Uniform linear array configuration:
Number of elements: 48
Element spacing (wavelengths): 1
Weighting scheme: blackman
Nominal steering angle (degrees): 15
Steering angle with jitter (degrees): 14.461
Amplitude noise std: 0.05
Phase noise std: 0.05

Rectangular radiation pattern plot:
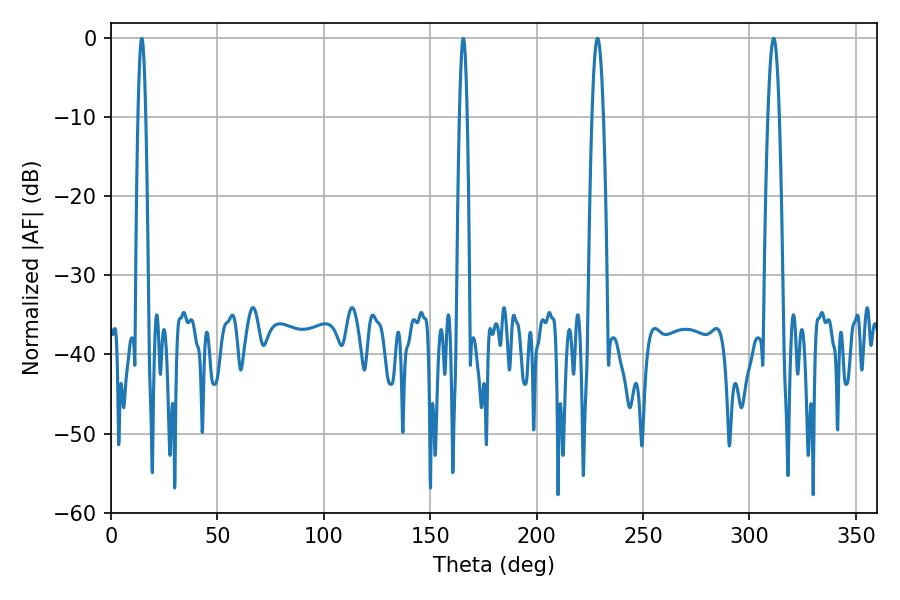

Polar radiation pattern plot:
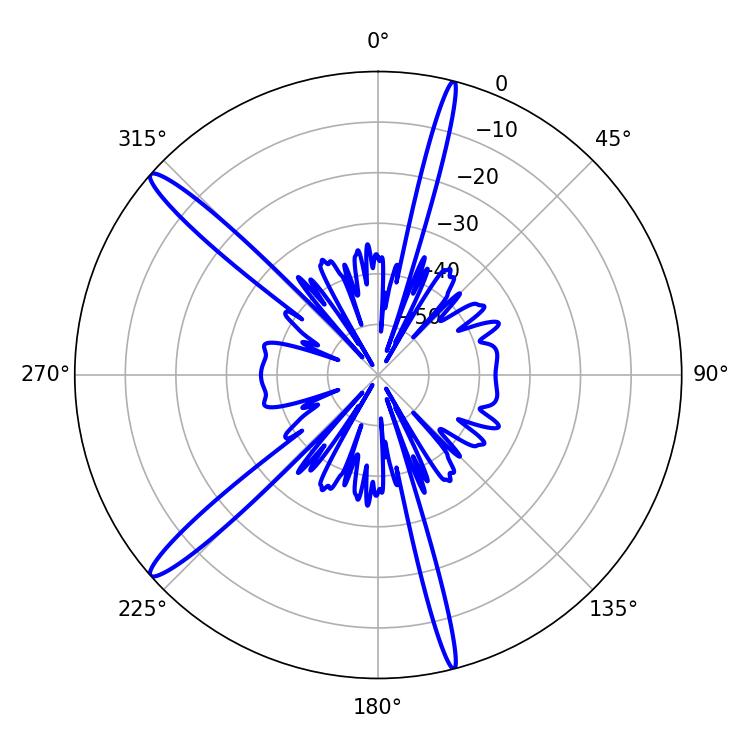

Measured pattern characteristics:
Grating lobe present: TRUE
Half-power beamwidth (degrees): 2.88
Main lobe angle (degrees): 228.6